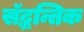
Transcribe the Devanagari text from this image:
सॅद्धन्तिक